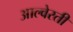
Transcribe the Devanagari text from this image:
आल्वेरती